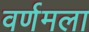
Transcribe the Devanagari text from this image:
वर्णमला